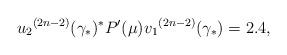
LaTeX: \begin{align*}{u_2}^{(2n - 2)}{({\gamma _*})^*}P'(\mu ){v_1}^{(2n - 2)}({\gamma _*}) = 2.4,\end{align*}